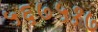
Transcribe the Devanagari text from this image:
५६७५१७